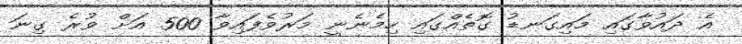
އެ ދައުވާގައި މައިގަނޑު ގޮތެއްގައި ހިމެނެނީ މަރުވެފައިވާ 500 އަށް ވުރެ ގިނަ